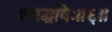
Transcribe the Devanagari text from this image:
शरद्धविः॥६॥